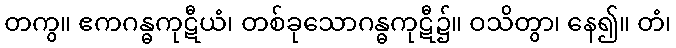
တကွ။ ဧကဂန္ဓကုဋီယံ၊ တစ်ခုသောဂန္ဓကုဋီ၌။ ဝသိတွာ၊ နေ၍။ တံ၊